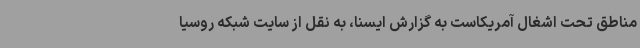
مناطق تحت اشغال آمریکاست به گزارش ایسنا، به نقل از سایت شبکه روسیا